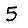
Digit: 5